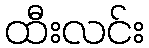
ထီးလင်း